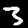
Digit: 3